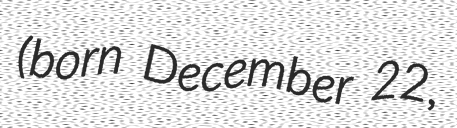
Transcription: (born December 22,